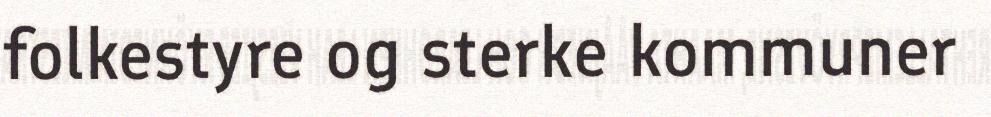
folkestyre og sterke kommuner